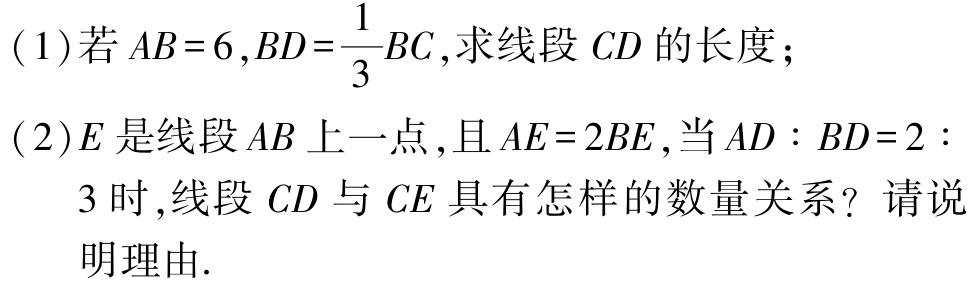
(1)若\(AB = 6,BD=\frac{1}{3}BC\),求线段\(CD\)的长度；

(2)\(E\)是线段\(AB\)上一点,且\(AE = 2BE\),当\(AD:BD = 2:3\)时,线段\(CD\)与\(CE\)具有怎样的数量关系？请说明理由.